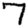
Digit: 7